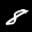
Label: 8